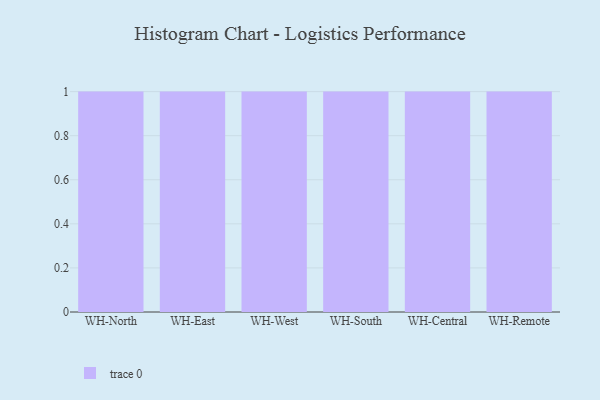
{"axis": {"x": "Warehouse", "y": "Active Users"}, "legend": [""], "data": [{"x": "WH-North", "y": 53, "type": ""}, {"x": "WH-East", "y": 10, "type": ""}, {"x": "WH-West", "y": 87, "type": ""}, {"x": "WH-South", "y": 39, "type": ""}, {"x": "WH-Central", "y": 30, "type": ""}, {"x": "WH-Remote", "y": 51, "type": ""}]}